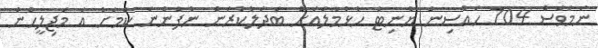
ނަމަވެސް 704 ހައުސިން ޔުނިޓް ހުޅުމާލެއަށް ބަދަލުކުރަން ނުފެންނަ ކަމަށް އެ މަޖިލީހުން